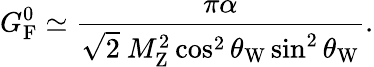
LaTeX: G_{\mathrm{{F}}}^{0}\simeq{\frac{\pi\alpha}{{\sqrt{2}}~M_{\mathrm{{Z}}}^{2}\cos^{2}\theta_{\mathrm{{W}}}\sin^{2}\theta_{\mathrm{{W}}}}}.